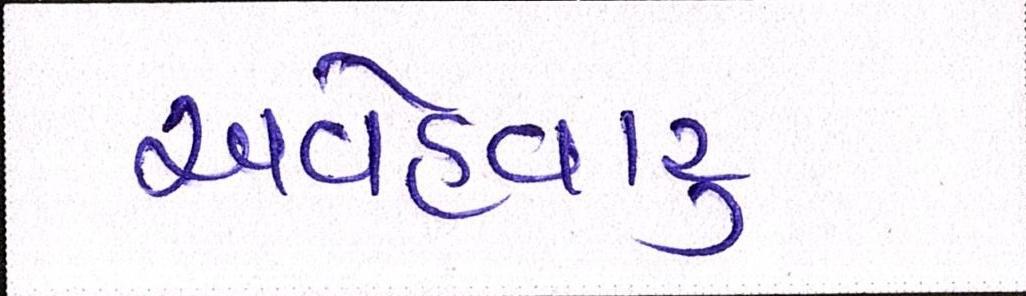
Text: અવહેવારુ